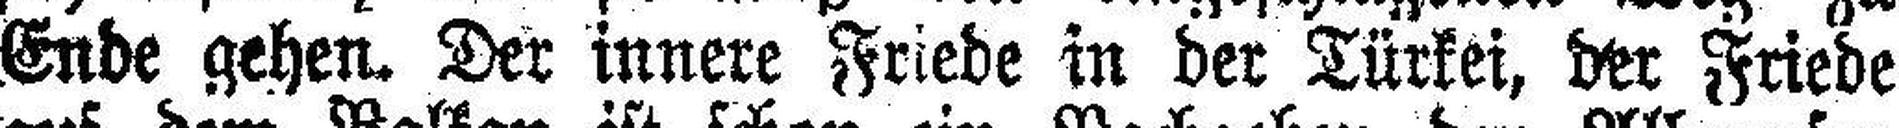
Ende gehen. Der innere Friede in der Türkei, der Friede